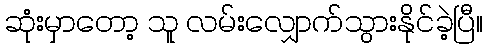
ဆုံးမှာတော့ သူ လမ်းလျှောက်သွားနိုင်ခဲ့ပြီ။